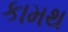
કામથ